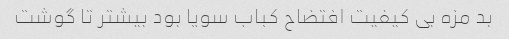
بد مزه بی کیفیت افتضاح کباب سویا بود بیشتر تا گوشت